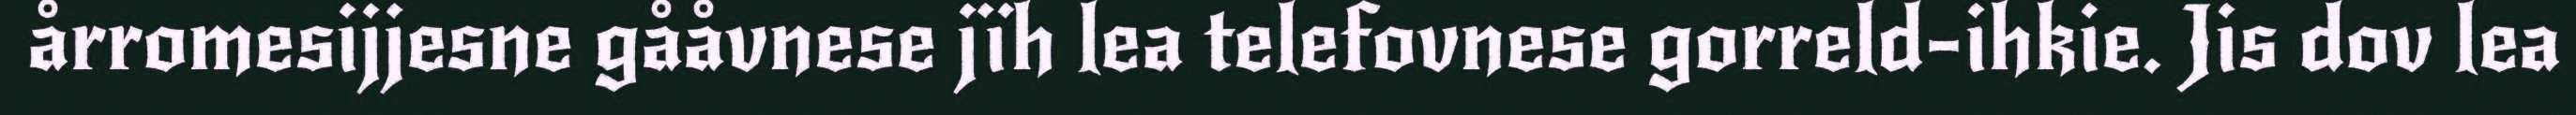
årromesijjesne gååvnese jïh lea telefovnese gorreld-ihkie. Jis dov lea